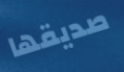
صديقها